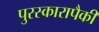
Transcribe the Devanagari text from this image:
पुरस्कारापैकी